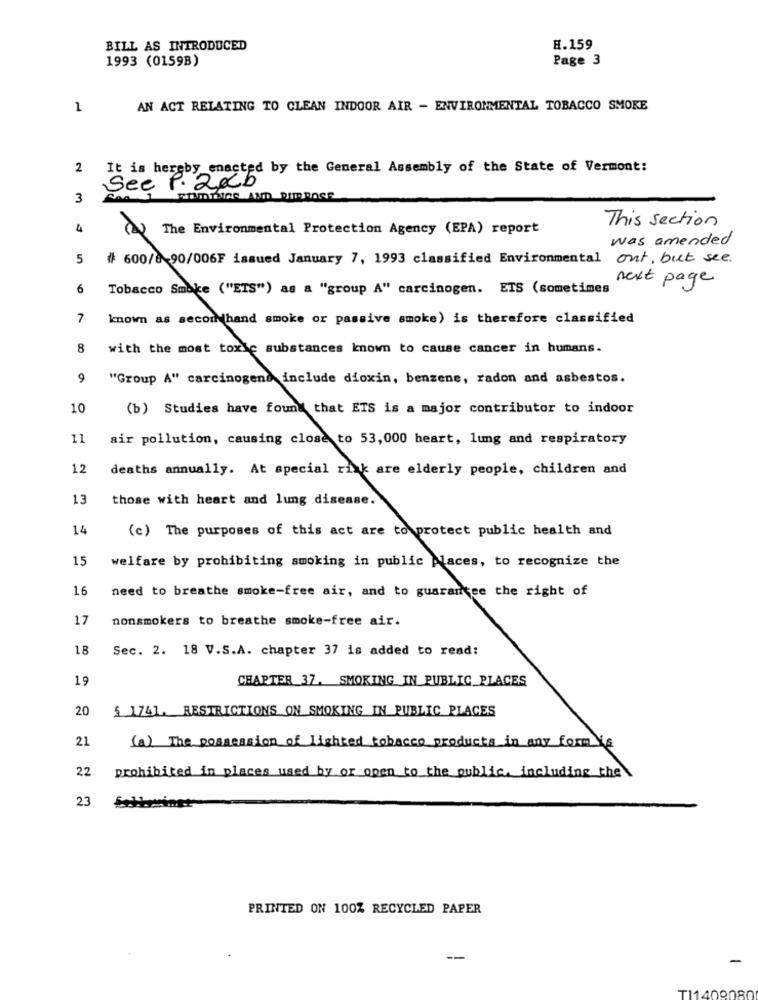
BILL AS INTRODUCED
H.159
1993 (0159B)
Page 3
1
AN ACT RELATING TO CLEAN INDOOR AIR - ENVIRONMENTAL TOBACCO SMOKE
2
It is hereby_enacted by the General Assembly of the State of Vermont:
See P. 2kb
3
This section
4
The Environmental Protection Agency (EPA) report
was amended
5
# 600/6-90/006F issued January 7, 1993 classified Environmental out, but see.
next page
6
Tobacco Smoke ("ETS") as a "group A" carcinogen. ETS (sometimes
7
known as secom hand smoke or passive smoke) is therefore classified
8
with the most toxic substances known to cause cancer in humans.
9
"Group A" carcinogens include dioxin, benzene, radon and asbestos.
10
(b) Studies have found that ETS is a major contributor to indoor
11
air pollution, causing close to 53,000 heart, lung and respiratory
12
deaths annually. At special risk are elderly people, children and
13
those with heart and lung disease.
14
(c) The purposes of this act are to protect public health and
15
welfare by prohibiting smoking in public places, to recognize the
16
need to breathe smoke-free air, and to guarantee the right of
17
nonsmokers to breathe smoke-free air.
18
Sec. 2. 18 V.S.A. chapter 37 is added to read:
19
CHARTER 37. SMOKING IN PUBLIC PLACES
20
$ 1741. RESTRICTIONS ON SMOKING IN PUBLIC PLACES
21
(a) The possession of lighted tobacco products in any form Ye
22
prohibited in places used by or open to the public, including the
23
PRINTED ON 100% RECYCLED PAPER
T11409080